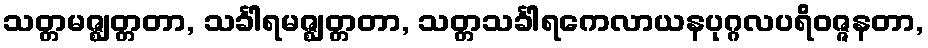
သတ္တမဇ္ဈတ္တတာ, သင်္ခါရမဇ္ဈတ္တတာ, သတ္တသင်္ခါရကေလာယနပုဂ္ဂလပရိဝဇ္ဇနတာ,